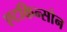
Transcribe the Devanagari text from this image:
एटकिन्सोन